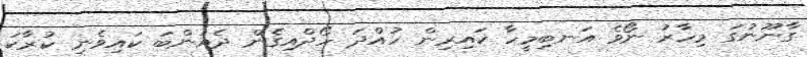
ގާނޫނުގަ މިހާރު ނޯވެ އަނބިމީހާ ކައިރިން ހުއްދަ ހޯދްއިގެން ދެއަންބަ ކައިވެނި ކުރަާކަ